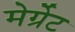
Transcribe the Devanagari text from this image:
मेर्ग्रेट